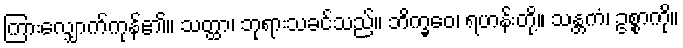
ကြားလျှောက်ကုန်၏။ သတ္ထာ၊ ဘုရားသခင်သည်။ ဘိက္ခဝေ၊ ရဟန်းတို့။ သန္တကံ၊ ဥစ္စာကို။